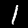
Label: 1